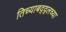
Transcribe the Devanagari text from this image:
तिच्याबद्द्लच्या